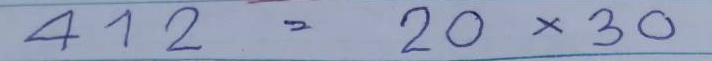
412 = 20 x 30